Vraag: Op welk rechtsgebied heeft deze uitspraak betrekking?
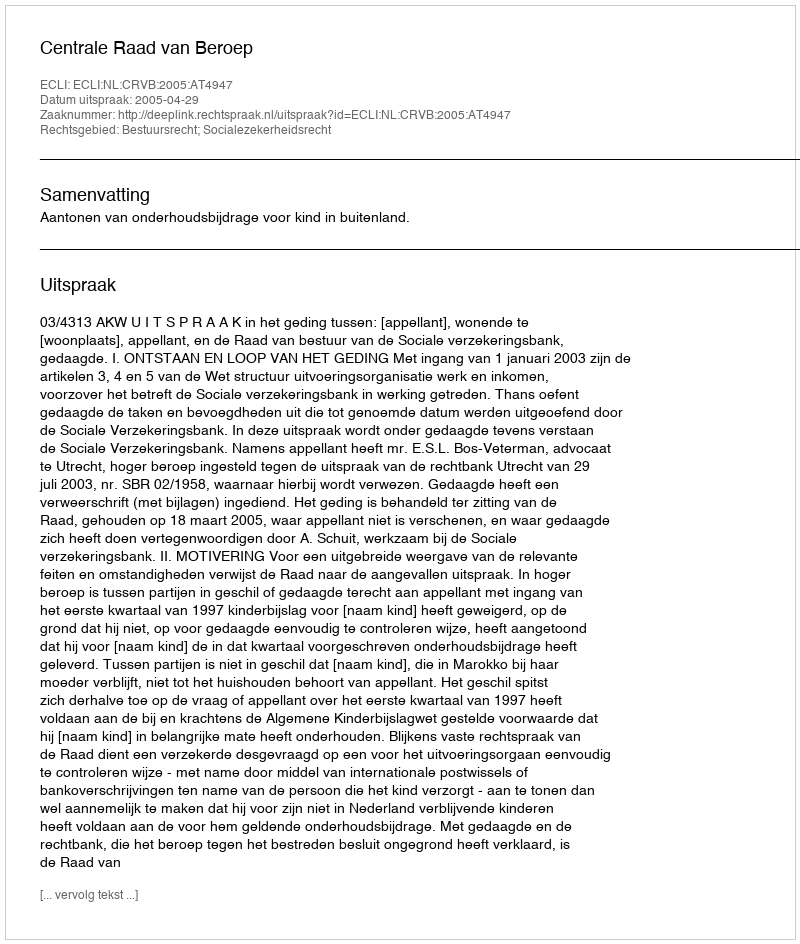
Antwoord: Bestuursrecht; Socialezekerheidsrecht